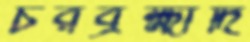
চরব্রহ্মাদি